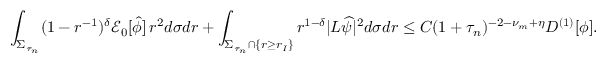
\int _ { \Sigma _ { \tau _ { n } } } ( 1 - r ^ { - 1 } ) ^ { \delta } \mathcal { E } _ { 0 } [ \widehat { \phi } ] \, r ^ { 2 } d \sigma d r + \int _ { \Sigma _ { \tau _ { n } } \cap \{ r \geq r _ { I } \} } r ^ { 1 - \delta } | L \widehat { \psi } | ^ { 2 } d \sigma d r \leq C ( 1 + \tau _ { n } ) ^ { - 2 - \nu _ { m } + \eta } D ^ { ( 1 ) } [ \phi ] .